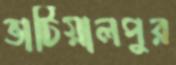
ভাটিয়ালপুর